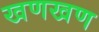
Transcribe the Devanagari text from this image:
खणखण